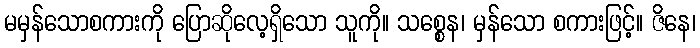
မမှန်သောစကားကို ပြောဆိုလေ့ရှိသော သူကို။ သစ္စေန၊ မှန်သော စကားဖြင့်။ ဇိနေ၊